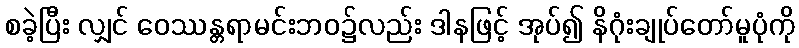
စခဲ့ပြီး လျှင် ဝေဿန္တရာမင်းဘဝ၌လည်း ဒါနဖြင့် အုပ်၍ နိဂုံးချုပ်တော်မူပုံကို